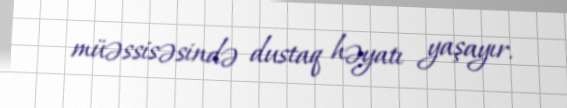
müəssisəsində dustaq həyatı yaşayır.